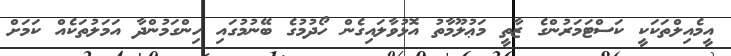
އީމެއިލްތަކަކީ ކަސްޓަމަރުންގެ ޒާތީ މަޢުލޫމާތު އޮޅުވާލައިގެން ހޯދުމުގެ ބޭނުމުގައި ހިންގަމުންދާ އަމަލުތަކެއް ކަމަށް